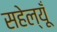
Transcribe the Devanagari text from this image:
सहेल्यूँ